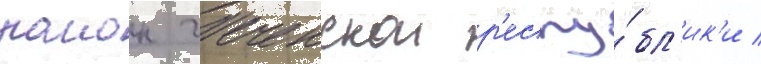
раион чеченскои р'еспу́бл'ик'и /